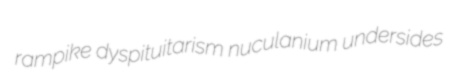
rampike dyspituitarism nuculanium undersides